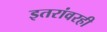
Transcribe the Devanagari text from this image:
इतरांवरही